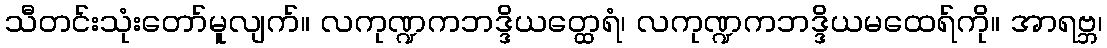
သီတင်းသုံးတော်မူလျက်။ လကုဏ္ဍကဘဒ္ဒိယတ္ထေရံ၊ လကုဏ္ဍကဘဒ္ဒိယမထေရ်ကို။ အာရဗ္ဘ၊